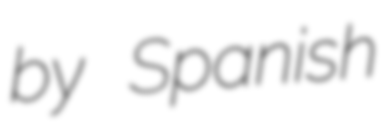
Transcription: by Spanish